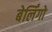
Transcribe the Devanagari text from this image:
बेर्लिंगो